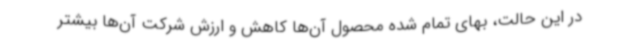
در این حالت، بهای تمام شده محصول آن‌ها کاهش و ارزش شرکت آن‌ها بیشتر